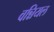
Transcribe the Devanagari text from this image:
वन्नियल